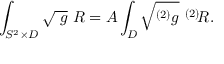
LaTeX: \int _ { S ^ { 2 } \times D } \sqrt { \ g } \ R = A \int _ { D } \sqrt { ^ { ( 2 ) } g } \ ^ { ( 2 ) } \! R .